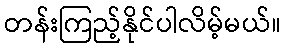
တန်းကြည့်နိုင်ပါလိမ့်မယ်။